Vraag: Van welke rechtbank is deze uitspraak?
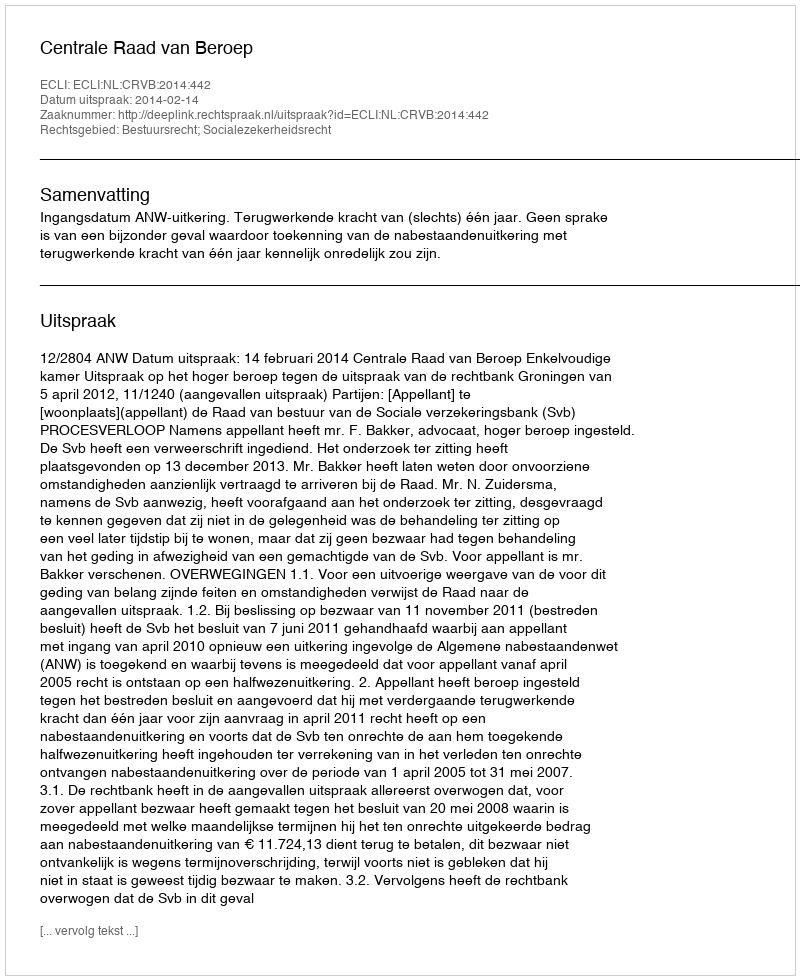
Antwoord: Centrale Raad van Beroep